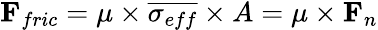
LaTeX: \mathbf{F}_{fric}=\mu\times\overline{{\sigma_{eff}}}\times A=\mu\times\mathbf{F}_{n}